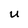
Character: U